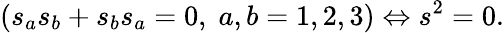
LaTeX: \left(s_{a}s_{b}+s_{b}s_{a}=0,\; a,b=1,2,3\right)\Leftrightarrow s^{2}=0.